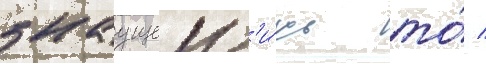
знаущеи л'и́шь то́ /